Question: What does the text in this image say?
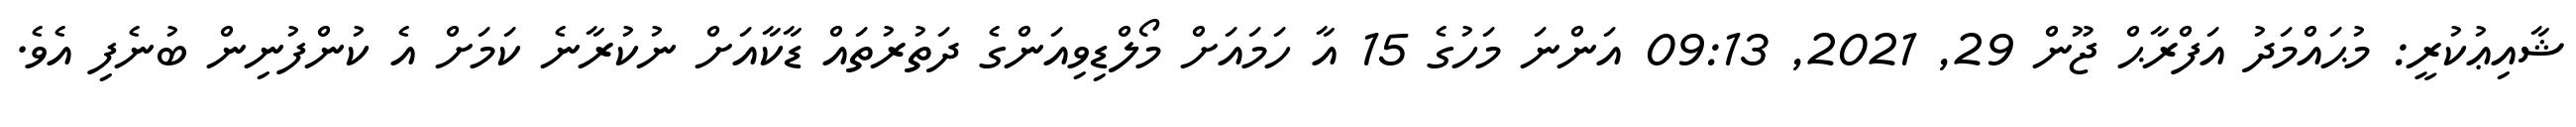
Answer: ޝާއިޢުކުރީ: މުޙައްމަދު އަފްރާޙް ޖޫން 29, 2021, 09:13 އަންނަ މަހުގެ 15 އާ ހަމައަށް މޯލްޑިވިއަންގެ ދަތުރުތައް ޑާކާއަށް ނުކުރާނެ ކަމަށް އެ ކުންފުނިން ބުނެފި އެވެ.